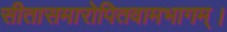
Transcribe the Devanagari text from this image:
सीतासमारोपितवामभागम्।